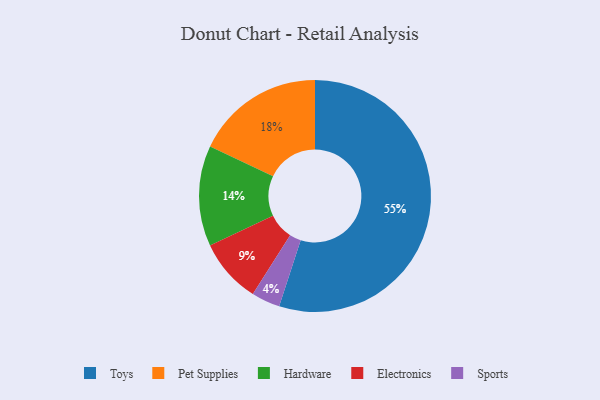
{"axis": {"x": "Category", "y": "Percentage"}, "legend": ["Electronics", "Hardware", "Pet Supplies", "Sports", "Toys"], "data": [{"x": "Electronics", "y": 9, "type": "Electronics"}, {"x": "Pet Supplies", "y": 18, "type": "Pet Supplies"}, {"x": "Toys", "y": 55, "type": "Toys"}, {"x": "Hardware", "y": 14, "type": "Hardware"}, {"x": "Sports", "y": 4, "type": "Sports"}]}